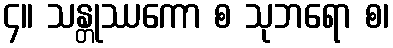
၄။ သန္တုဿကော စ သုဘရော စ၊